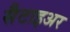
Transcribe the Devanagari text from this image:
सैटाइअर